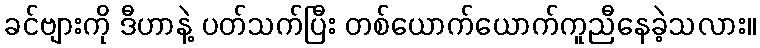
ခင်ဗျားကို ဒီဟာနဲ့ ပတ်သက်ပြီး တစ်ယောက်ယောက်ကူညီနေခဲ့သလား။